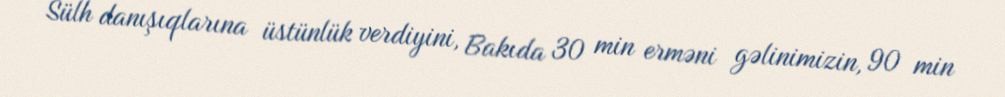
Sülh danışıqlarına üstünlük verdiyini, Bakıda 30 min erməni gəlinimizin, 90 min